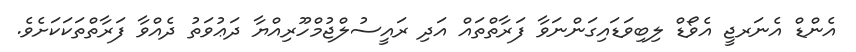
އެންޑް އެނަރޖީ އެވޯޑް ލިބިވަޑައިގަންނަވާ ފަރާތްތައް އަދި ރައީސުލްޖުމްހޫރިއްޔާ ދަޢުވަތު ދެއްވާ ފަރާތްތަކަކަށެވެ.